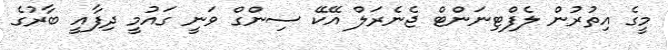
މީގެ އިތުރުން ލެފްޓިނަންޓް ޖެނެރަލް އޭކޭ ސިންގް ވަނީ ގައުމީ ދިފާއީ ބާރުގެ